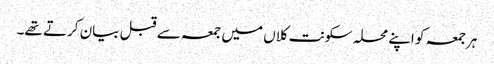
ہرجمعہ کو اپنے محلہ سکونت کلاں میں جمعہ سے قبل بیان کرتے تھے۔